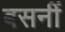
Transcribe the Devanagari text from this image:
बसनीं